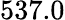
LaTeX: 537.0